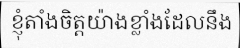
ខ្ញុំតាំងចិត្តយ៉ាងខ្លាំងដែលនឹង